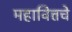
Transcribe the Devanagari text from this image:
महावित्तचे